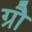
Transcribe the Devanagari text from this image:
ग्रौ